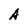
Character: A